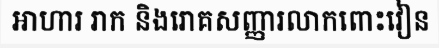
អាហារ រាក និងរោគសញ្ញារលាកពោះវៀន